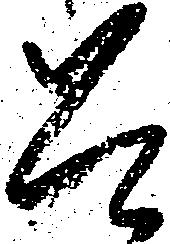
是